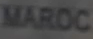
MAROC